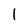
Character: 1